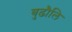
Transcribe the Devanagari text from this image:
बुढौलि